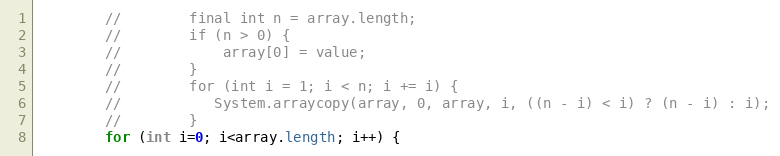
Language: Java
        //        final int n = array.length;
        //        if (n > 0) {
        //            array[0] = value;
        //        }
        //        for (int i = 1; i < n; i += i) {
        //           System.arraycopy(array, 0, array, i, ((n - i) < i) ? (n - i) : i);
        //        }
        for (int i=0; i<array.length; i++) {